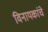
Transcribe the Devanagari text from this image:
विनायकांचे